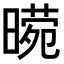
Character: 𭧕